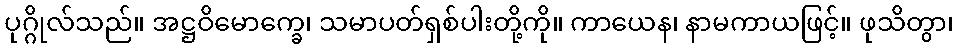
ပုဂ္ဂိုလ်သည်။ အဋ္ဌဝိမောက္ခေ၊ သမာပတ်ရှစ်ပါးတို့ကို။ ကာယေန၊ နာမကာယဖြင့်။ ဖုသိတွာ၊